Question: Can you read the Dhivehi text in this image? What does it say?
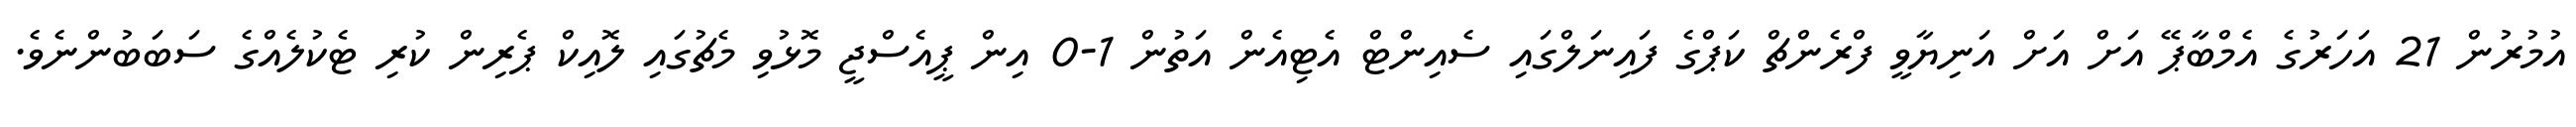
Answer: އުމުރުން 21 އަހަރުގެ އެމްބާޕޭ އަށް އަށް އަނިޔާވީ ފްރެންޗް ކަޕްގެ ފައިނަލްގައި ސެއިންޓް އެޓިއެން އަތުން 1-0 އިން ޕީއެސްޖީ މޮޅުވި މެޗުގައި ލޮއިކް ޕެރިން ކުރި ޓެކުލެއްގެ ސަބަބުންނެވެ.